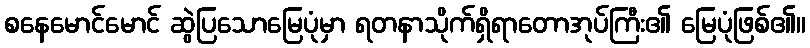
စနေမောင်မောင် ဆွဲပြသောမြေပုံမှာ ရတနာသိုက်ရှိရာတောအုပ်ကြီး၏ မြေပုံဖြစ်၏။